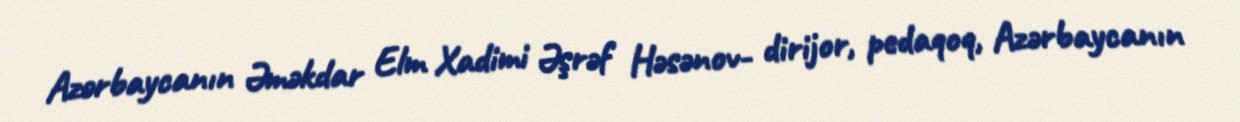
Azərbaycanın Əməkdar Elm Xadimi Əşrəf Həsənov- dirijor, pedaqoq, Azərbaycanın